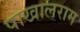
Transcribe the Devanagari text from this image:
पाखालराम